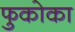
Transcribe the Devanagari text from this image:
फुकोका